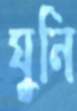
ঘুনি